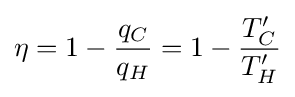
\eta =1-{\frac {q_{C}}{q_{H}}}=1-{\frac {T_{C}'}{T_{H}'}}